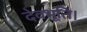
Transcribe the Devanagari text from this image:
देवभूति।